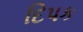
દિપક